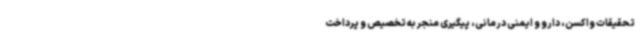
تحقیقات واکسن، دارو و ایمنی درمانی، پیگیری منجر به تخصیص و پرداخت